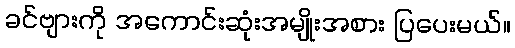
ခင်ဗျားကို အကောင်းဆုံးအမျိုးအစား ပြပေးမယ်။